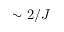
\sim 2 / J